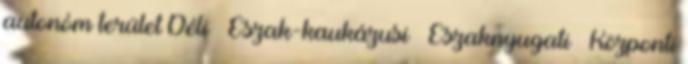
autonóm terület Déli · Észak-kaukázusi · Északnyugati · Központi